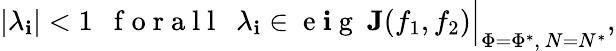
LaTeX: |\lambda_{\mathbf{i}}|<1\ \ \mathrm{{~f~o~r~a~l~l~}}\ \ \lambda_{\mathbf{i}}\in\mathrm{{~e~\mathbf{i}~g~}}\ \textbf{{J}}(f_{1},f_{2})\Big|_{\Phi=\Phi^{*},\ N=N^{*}},